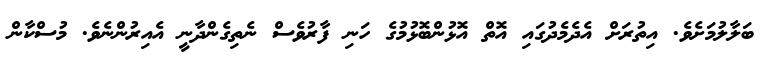
ބަލާލުމަށެވެ. އިތުރަށް އެދެމެދުގައި އޮތް އޮޅުންބޮޅުމުގެ ހަނި ފާރުވެސް ނެތިގެންދާނީ އެއިރުންނެވެ. މުސްކާން